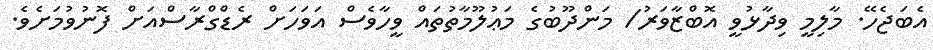
އެބަޖެހޭ. މާލިމީ ވިދާޅުވީ އޮބްޒާވަރު/ މަންދޫބުގެ މަޢުލޫމާތުތައް ވީހާވެސް އަވަހަށް ރެޑްގްރާސްއަށް ފޮނުވުމަށެވެ.